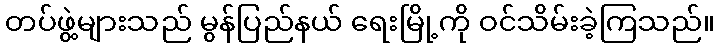
တပ်ဖွဲ့များသည် မွန်ပြည်နယ် ရေးမြို့ကို ဝင်သိမ်းခဲ့ကြသည်။